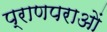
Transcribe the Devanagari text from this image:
प्राणपराओं